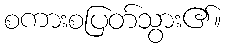
စကားစပြတ်သွား၏။